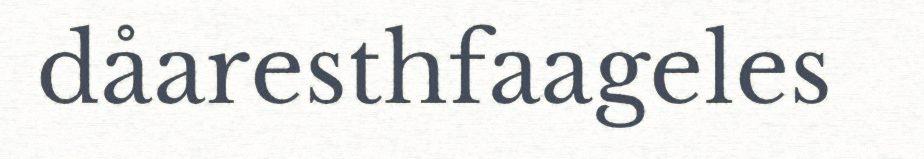
dåaresthfaageles